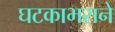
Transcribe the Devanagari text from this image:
घटकाभराने